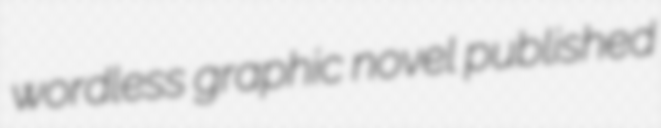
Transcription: wordless graphic novel published